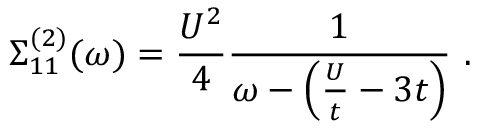
\Sigma _ { 1 1 } ^ { ( 2 ) } ( \omega ) = \frac { U ^ { 2 } } { 4 } \frac { 1 } { \omega - \left( \frac { U } { t } - 3 t \right) } \ .